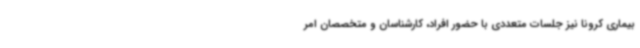
بیماری کرونا نیز جلسات متعددی با حضور افراد، کارشناسان و متخصصان امر